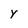
Character: Y